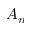
A _ { n }